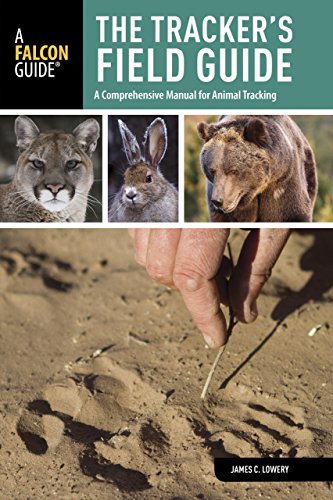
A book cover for Tracker's Field Guide: A Comprehensive Manual For Animal Tracking (Falcon Guides: Field Guides); James Lowery; Sports & Outdoors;